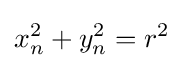
{\begin{aligned}x_{n}^{2}+y_{n}^{2}=r^{2}\end{aligned}}